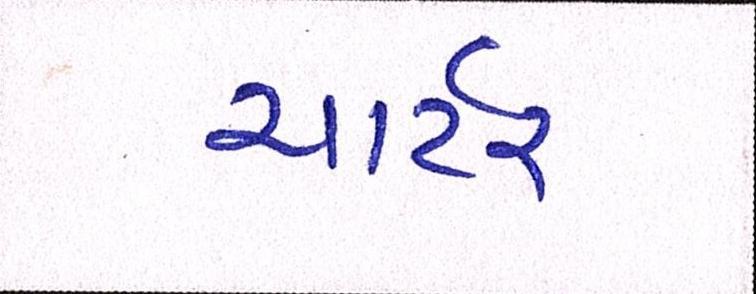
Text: ચાર્ટર